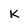
Character: K